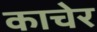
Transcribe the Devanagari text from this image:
काचेर